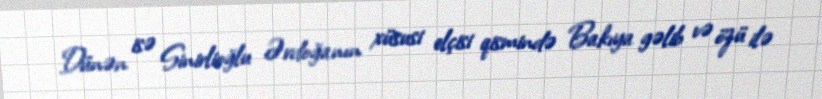
Dünən isə Sinirlioğlu Ərdoğanın xüsusi elçisi qismində Bakıya gəlib və özü ilə